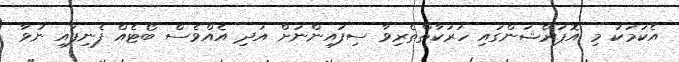
އެކަމަކު މި އޮޕަރޭޝަންގައި ހަރަކާތްތެރިވާ ސިފައިންނަށް އަދި އެއްވެސް ބޯޓެއް ފެނިފައި ނުވާ